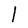
Character: l